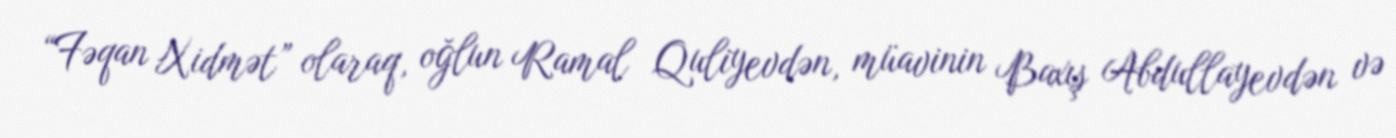
“Fəqan Xidmət” olaraq, oğlun Ramal Quliyevdən, müavinin Baxış Abdullayevdən və